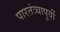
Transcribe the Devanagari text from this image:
पारतंत्र्यापुर्वी